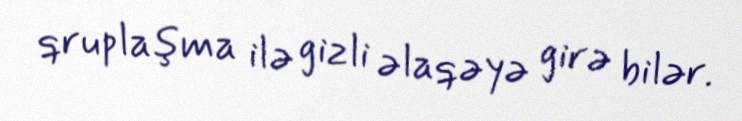
qruplaşma ilə gizli əlaqəyə girə bilər.